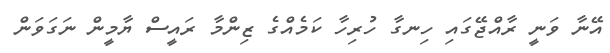
އޭނާ ވަނީ ރާއްޖޭގައި ހިނގާ ހުރިހާ ކަމެއްގެ ޒިންމާ ރައީސް ޔާމީން ނަގަވަން